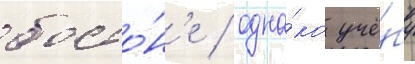
босто́н'е / одна́ко учё́бу